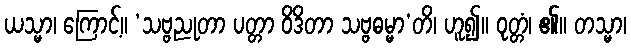
ယသ္မာ၊ ကြောင့်။ ‘သဗ္ဗညုတာ ပတ္တာ ဝိဒိတာ သဗ္ဗဓမ္မာ’တိ၊ ဟူ၍။ ဝုတ္တံ၊ ၏။ တသ္မာ၊